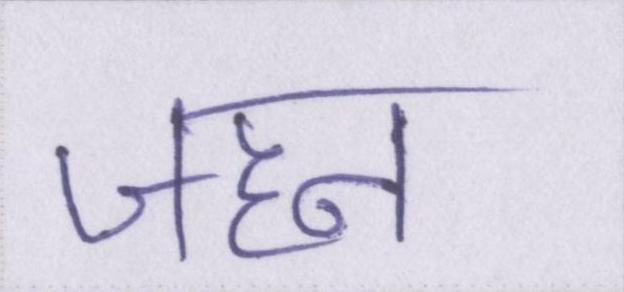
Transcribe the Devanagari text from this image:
जहन